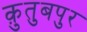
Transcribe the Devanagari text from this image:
क़ुतुबपुर